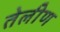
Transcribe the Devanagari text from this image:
तेलीण